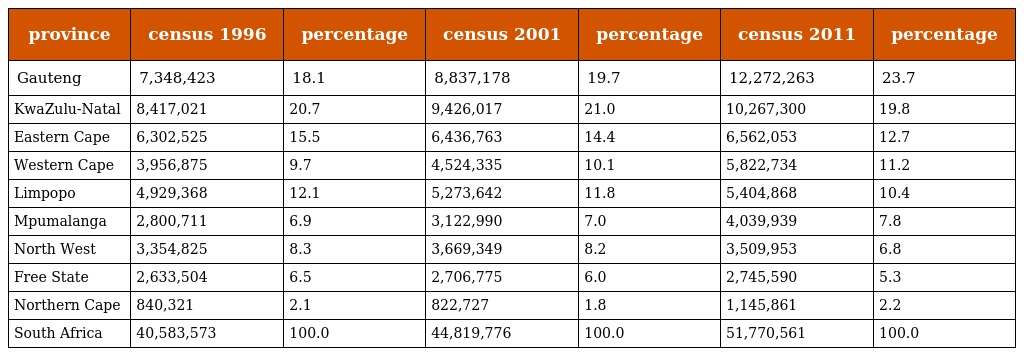
| province | census 1996 | percentage | census 2001 | percentage | census 2011 | percentage |
 | --- | --- | --- | --- | --- | --- | --- |
 | Gauteng | 7,348,423 | 18.1 | 8,837,178 | 19.7 | 12,272,263 | 23.7 |
 | KwaZulu-Natal | 8,417,021 | 20.7 | 9,426,017 | 21.0 | 10,267,300 | 19.8 |
 | Eastern Cape | 6,302,525 | 15.5 | 6,436,763 | 14.4 | 6,562,053 | 12.7 |
 | Western Cape | 3,956,875 | 9.7 | 4,524,335 | 10.1 | 5,822,734 | 11.2 |
 | Limpopo | 4,929,368 | 12.1 | 5,273,642 | 11.8 | 5,404,868 | 10.4 |
 | Mpumalanga | 2,800,711 | 6.9 | 3,122,990 | 7.0 | 4,039,939 | 7.8 |
 | North West | 3,354,825 | 8.3 | 3,669,349 | 8.2 | 3,509,953 | 6.8 |
 | Free State | 2,633,504 | 6.5 | 2,706,775 | 6.0 | 2,745,590 | 5.3 |
 | Northern Cape | 840,321 | 2.1 | 822,727 | 1.8 | 1,145,861 | 2.2 |
 | South Africa | 40,583,573 | 100.0 | 44,819,776 | 100.0 | 51,770,561 | 100.0 |